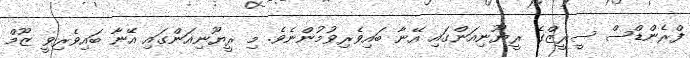
ފްރެންޑްސް ސީރީޒްގެ ރީޔޫނިއަންގައި އޭނާ ބައިވެރިވުމުންނެވެ. މި ރީޔޫނިއަންގައި އޭނާ ބައިވެރިވީ ޒޫމް